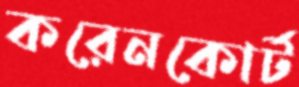
করেনকোর্ট